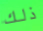
ذلك